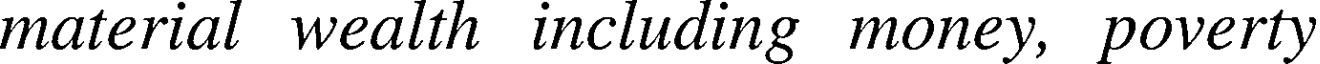
material wealth including money, poverty